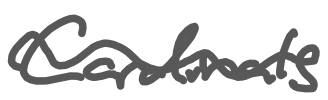
Text: Cardinals
Cross-out: wave
Writing tool: digital_gray